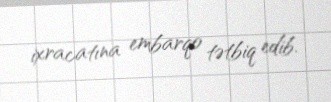
ixracatına embarqo tətbiq edib.